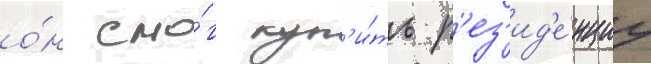
о́н смо́г куп'и́ть р'ез'ид'е́нциу